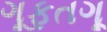
ગૂફતગૂ